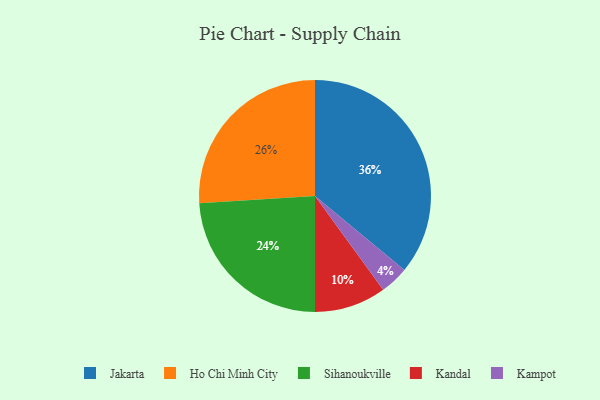
{"axis": {"x": "Category", "y": "Percentage"}, "legend": ["Ho Chi Minh City", "Jakarta", "Kampot", "Kandal", "Sihanoukville"], "data": [{"x": "Sihanoukville", "y": 24, "type": "Sihanoukville"}, {"x": "Kandal", "y": 10, "type": "Kandal"}, {"x": "Jakarta", "y": 36, "type": "Jakarta"}, {"x": "Kampot", "y": 4, "type": "Kampot"}, {"x": "Ho Chi Minh City", "y": 26, "type": "Ho Chi Minh City"}]}